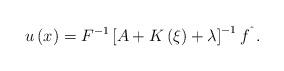
LaTeX: \begin{align*}u\left( x\right) =F^{-1}\left[ A+K\left( \xi \right) +\lambda \right]^{-1}f^{\symbol{94}}. \end{align*}